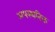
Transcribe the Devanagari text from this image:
अपस्थनिक